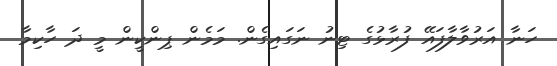
ހަނާ އަރުވާލާފައޭ ފުރާޅުގެ ޓިނު ނަގައިގެން. މަމެން ޕިންކީން މީ ދަ ހާކިމާ